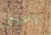
بإعلان